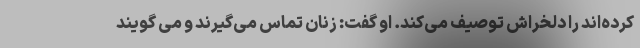
کرده‌اند را دلخراش توصیف می‌کند. او گفت: زنان تماس می‌گیرند و می گویند